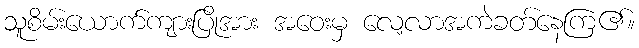
သူစိမ်းယောက်ကျားပြိုအား အဝေးမှ လေ့လာအကဲခတ်နေကြ၏။